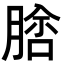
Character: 𦝵